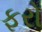
ફરો